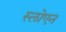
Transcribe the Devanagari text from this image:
स्लोएन